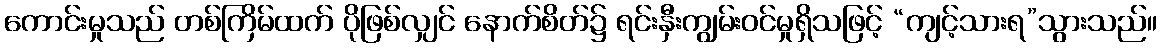
ကောင်းမှုသည် တစ်ကြိမ်ထက် ပိုဖြစ်လျှင် နောက်စိတ်၌ ရင်းနှီးကျွမ်းဝင်မှုရှိသဖြင့် “ကျင့်သားရ”သွားသည်။